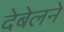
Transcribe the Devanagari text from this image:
देबेलने